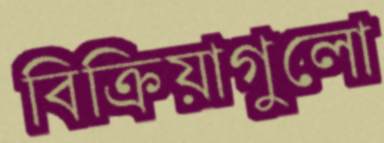
বিক্রিয়াগুলো